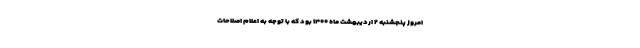
امروز پنجشنبه ۲ اردیبهشت ماه ۱۴۰۰ بود که با توجه به اعلام اصلاحات